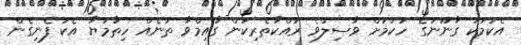
އެކަމަކު ގާނޫނުގެ ހުކުމަށް ވާސިލްވެ ރައްކާތެރިކަން ގާއިމްވާ ތަނެއް ހިތާމަޔާ އެކު ފެނިގެން